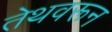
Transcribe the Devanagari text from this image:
तेथवरून